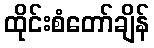
ထိုင်းစံတော်ချိန်